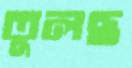
তুলছ